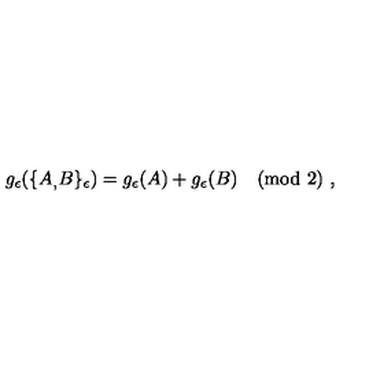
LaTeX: g _ { \epsilon } ( \{ A _ { , } B \} _ { \epsilon } ) = g _ { \epsilon } ( A ) + g _ { \epsilon } ( B ) \pmod 2 \ ,